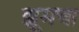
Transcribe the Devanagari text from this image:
झूमचा